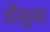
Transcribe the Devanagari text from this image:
डीसुजा